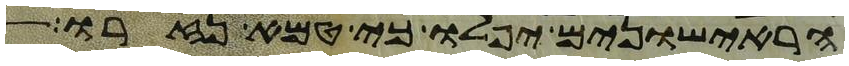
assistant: הראישונים יפלו כי טמא נזרו